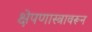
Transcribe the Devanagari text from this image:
क्षेपणास्त्रावरून